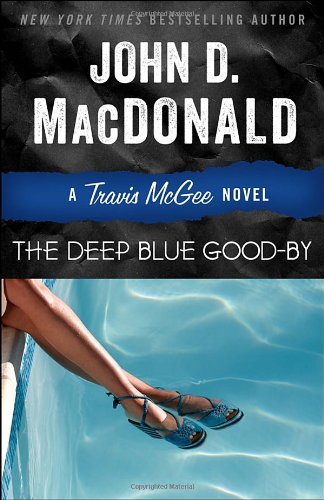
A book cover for The Deep Blue Good-by: A Travis McGee Novel; John D. MacDonald; Mystery, Thriller & Suspense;